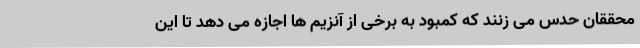
محققان حدس می زنند که کمبود به برخی از آنزیم ها اجازه می دهد تا این